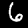
Label: 6